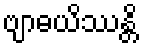
ဗျာဓယိဿန္တိ